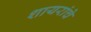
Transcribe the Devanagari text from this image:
शायरांचे